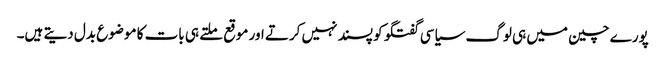
پورے چین میں ہی لوگ سیاسی گفتگو کو پسند نہیں کرتے اور موقع ملتے ہی بات کا موضوع بدل دیتے ہیں۔